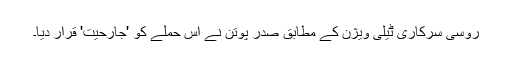
روسی سرکاری ٹیلی ویژن کے مطابق صدر پوتن نے اس حملے کو 'جارحیت' قرار دیا۔